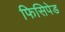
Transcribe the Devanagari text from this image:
फिसिपेड